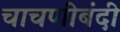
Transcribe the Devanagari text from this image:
चाचणीबंदी